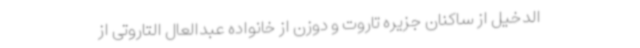
الدخیل از ساکنان جزیره تاروت و دوزن از خانواده عبدالعال التاروتی از